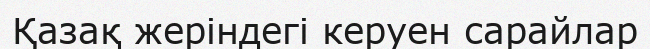
Қазақ жеріндегі керуен сарайлар